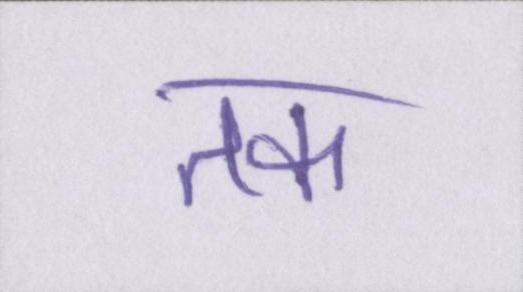
तक